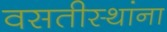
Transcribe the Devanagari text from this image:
वसतीस्थांना